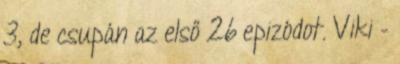
3, de csupán az első 26 epizódot. Viki –